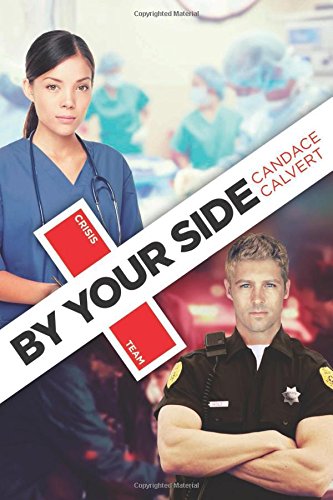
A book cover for By Your Side (Crisis Team); Candace Calvert; Romance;